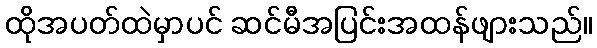
ထိုအပတ်ထဲမှာပင် ဆင်မီအပြင်းအထန်ဖျားသည်။